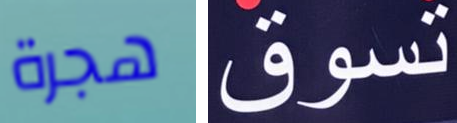
هجرة تسوق